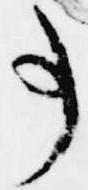
事